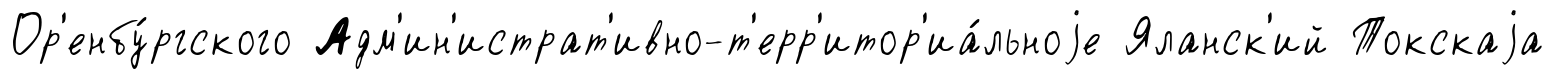
Ор'енбу́ргского Адм'ин'истрат'ивно-т'ерр'итор'иа́льноjе Яланск'ий Токскаjа